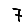
Digit: 7